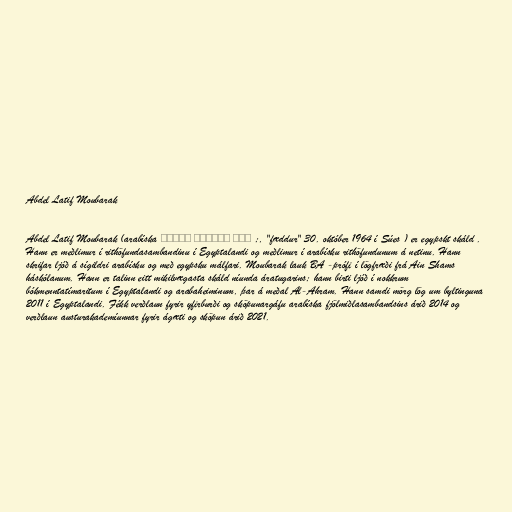
Abdel Latif Moubarak

Abdel Latif Moubarak (arabíska عبد اللطيف مبارك ;, "fæddur" 30. október 1964 í Súes ) er egypskt skáld .
Hann er meðlimur í rithöfundasambandinu í Egyptalandi og meðlimur í arabísku rithöfundunum á netinu. Hann
skrifar ljóð á sígildri arabísku og með egypsku málfari. Moubarak lauk BA -prófi ​​í lögfræði frá Ain Shams
háskólanum. Hann er talinn eitt mikilvægasta skáld níunda áratugarins; hann birti ljóð í nokkrum
bókmenntatímaritum í Egyptalandi og arabaheiminum, þar á meðal Al-Ahram. Hann samdi mörg lög um byltinguna
2011 í Egyptalandi. Fékk verðlaun fyrir yfirburði og sköpunargáfu arabíska fjölmiðlasambandsins árið 2014 og
verðlaun austurakademíunnar fyrir ágæti og sköpun árið 2021.